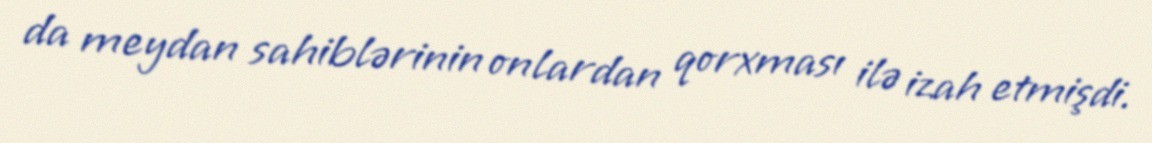
da meydan sahiblərinin onlardan qorxması ilə izah etmişdi.